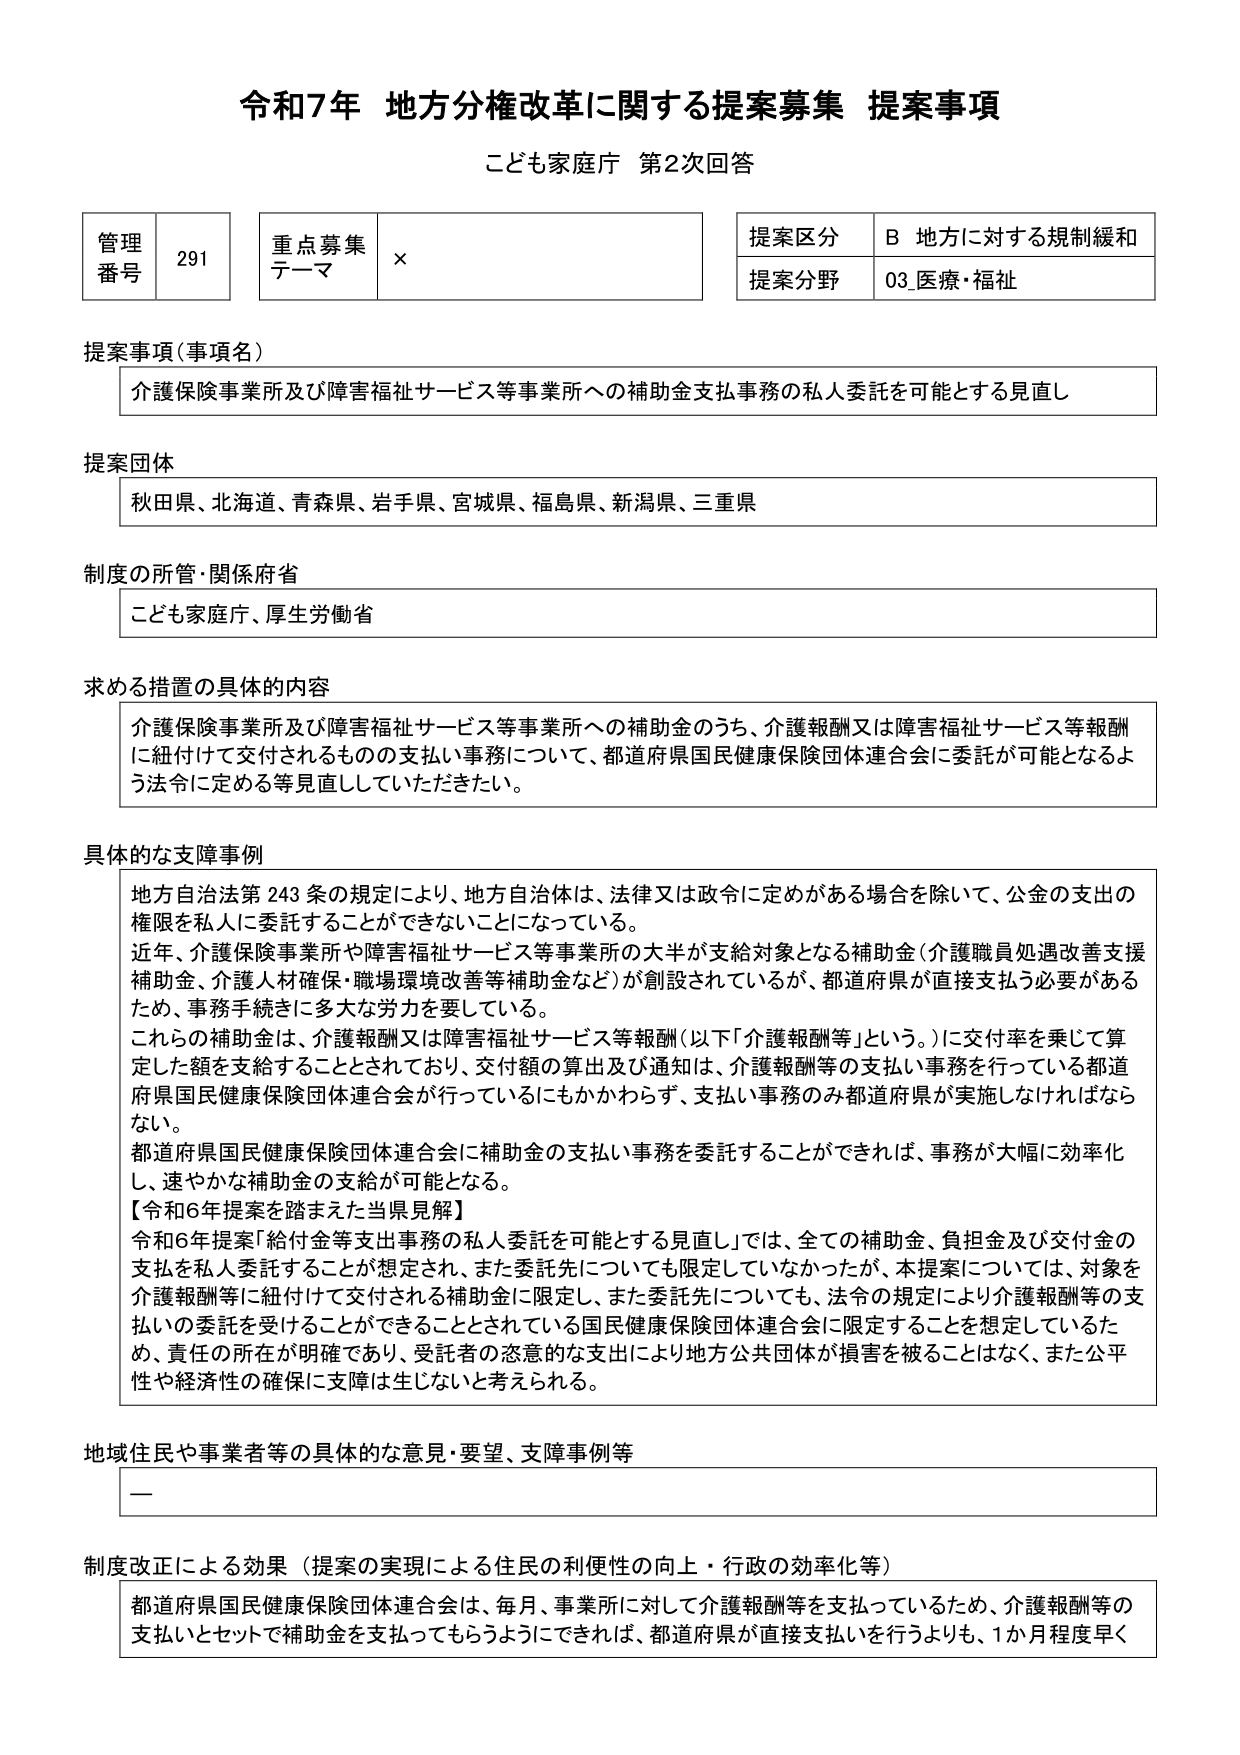
令和7年 地方分権改革に関する提案募集 提案事項
こども家庭庁 第2次回答

管理番号 291
重点募集テーマ ×
提案区分 B 地方に対する規制緩和
提案分野 03_医療・福祉

提案事項（事項名）
介護保険事業所及び障害福祉サービス等事業所への補助金支払事務の私人委託を可能とする見直し

提案団体
秋田県、北海道、青森県、岩手県、宮城県、福島県、新潟県、三重県

制度の所管・関係府省
こども家庭庁、厚生労働省

求める措置の具体的な内容
介護保険事業所及び障害福祉サービス等事業所への補助金のうち、介護報酬又は障害福祉サービス等報酬に紐付けて交付されるものの支払い事務について、都道府県国民健康保険団体連合会に委託が可能となるよう法令に定める等見直していただきたい。

具体的な支障事例
地方自治法第243条の規定により、地方自治体は、法律又は政令に定めがある場合を除いて、公金の支出の権限を私人に委託することができないことになっている。
近年、介護保険事業所や障害福祉サービス等事業所の大半が支給対象となる補助金（介護職員処遇改善支援補助金、介護人材確保・職場環境改善等補助金など）が創設されているが、都道府県が直接支払う必要があるため、事務手続きに多大な労力を要している。
これらの補助金は、介護報酬又は障害福祉サービス等報酬（以下「介護報酬等」という。）に交付率を乗じて算定した額を支給することとされており、交付額の算出及び通知は、介護報酬等の支払い事務を行っている都道府県国民健康保険団体連合会が行っているにもかかわらず、支払い事務のみ都道府県が実施しなければならない。
都道府県国民健康保険団体連合会に補助金の支払い事務を委託することができれば、事務が大幅に効率化し、速やかな補助金の支給が可能となる。
【令和6年提案を踏まえた当県見解】
令和6年提案「給付金等支出事務の私人委託を可能とする見直し」では、全ての補助金、負担金及び交付金の支払を私人委託することが想定され、また委託先についても限定していなかったが、本提案については、対象を介護報酬等に紐付けて交付される補助金に限定し、また委託先についても、法令の規定により介護報酬等の支払いの委託を受けることができることとされている国民健康保険団体連合会に限定することを想定しているため、責任の所在が明確であり、受託者の恣意的な支出により地方公共団体が損害を被ることはなく、また公平性や経済性の確保に支障は生じないと考えられる。

地域住民や事業者等の具体的な意見・要望、支障事例等
ー

制度改正による効果（提案の実現による住民の利便性の向上・行政の効率化等）
都道府県国民健康保険団体連合会は、毎月、事業所に対して介護報酬等を支払っているため、介護報酬等の支払いとセットで補助金を支払ってもらうようにできれば、都道府県が直接支払いを行うよりも、1か月程度早く